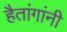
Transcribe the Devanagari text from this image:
हैतांगांनी